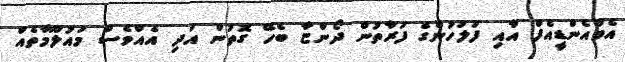
އެމްއެންޑީއެފް އާއި ފުލުހުންގެ ފަރާތުން ދޯންޏާ ބެހޭ ގޮތުން އަދި އެއްވެސް މައުލޫމާތެއް